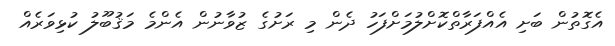
އެގޮތުން ބަށި އެއްފަރާތްކޮށްލުމަށްފަހު ދެން މި ރަށުގެ ޒުވާނުން އެންމެ މަޤުބޫލު ކުޅިވަރެއް